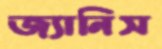
জ্যানিস